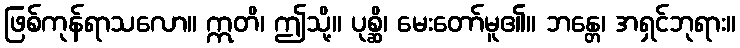
ဖြစ်ကုန်ရာသလော။ ဣတိ၊ ဤသို့။ ပုစ္ဆိ၊ မေးတော်မူ၏။ ဘန္တေ၊ အရှင်ဘုရား။